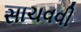
સાચવવી